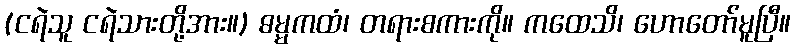
(ငရဲသူ ငရဲသားတို့အား။) ဓမ္မကထံ၊ တရားစကားကို။ ကထေသိ၊ ဟောတော်မူပြီ။